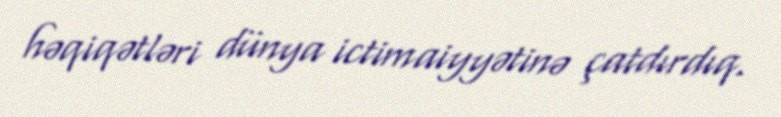
həqiqətləri dünya ictimaiyyətinə çatdırdıq.